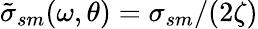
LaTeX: \tilde{\sigma}_{sm}(\omega,\theta)=\sigma_{sm}/(2\zeta)